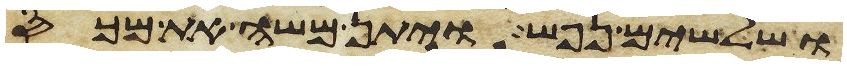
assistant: ושלשים נפש ויתן משה את מכס